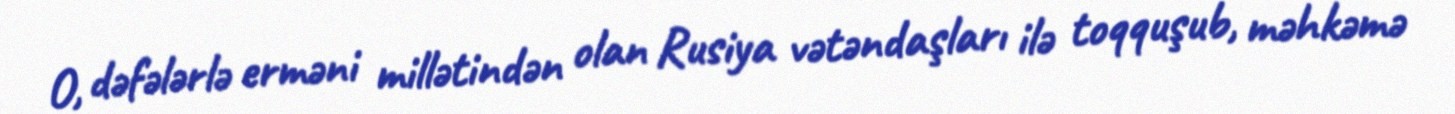
O, dəfələrlə erməni millətindən olan Rusiya vətəndaşları ilə toqquşub, məhkəmə